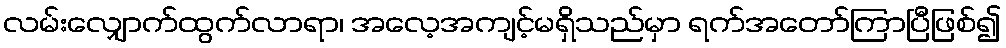
လမ်းလျှောက်ထွက်လာရာ၊ အလေ့အကျင့်မရှိသည်မှာ ရက်အတော်ကြာပြီဖြစ်၍